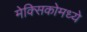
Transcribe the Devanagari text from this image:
मेक्‍सिकोमध्ये